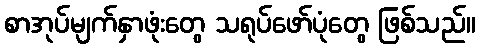
စာအုပ်မျက်နှာဖုံးတွေ သရုပ်ဖော်ပုံတွေ ဖြစ်သည်။